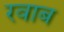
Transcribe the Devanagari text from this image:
रवाब